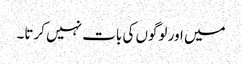
میں اور لوگوں کی بات نہیں کرتا۔